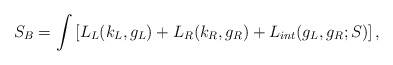
\begin{align*}S_B=\int\left[ L_L(k_L,g_L)+L_R(k_R,g_R)+L_{int}(g_L,g_R;S)\right],\end{align*}